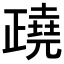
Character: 𣦥